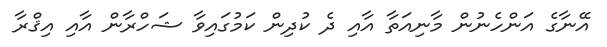
އޭނާގެ އަންހެނުން މާނިއަތާ އާއި ދެ ކުދިން ކަމުގައިވާ ޝަހްރާން އާއި އިޤްރާ